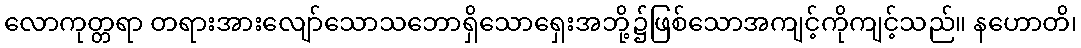
လောကုတ္တရာ တရားအားလျော်သောသဘောရှိသောရှေးအဘို့၌ဖြစ်သောအကျင့်ကိုကျင့်သည်။ နဟောတိ၊